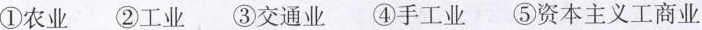
①农业②工业③交通业④手工业⑤资本主义工商业